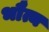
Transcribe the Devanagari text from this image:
भौत्य